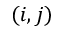
( i , j )